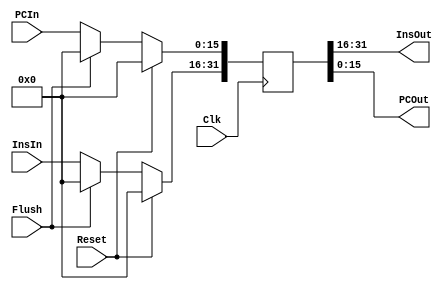
module IF_ID(Clk,Reset,Flush,InsIn,PCIn,InsOut,PCOut);
input Clk;
input Reset;
input Flush;
input[15:0]InsIn;
input[15:0]PCIn;
output[15:0]InsOut;
output[15:0]PCOut;

reg[31:0]R;
assign InsOut=R[31:16];
assign PCOut=R[15:0];
always@(posedge Clk)
if(Reset)R<=0;
else if(Flush)R<=0;
else begin R[31:16]<=InsIn;R[15:0]<=PCIn;end
endmodule